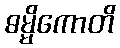
ဓမ္မိကောတိ